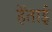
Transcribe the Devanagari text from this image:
हेंताई